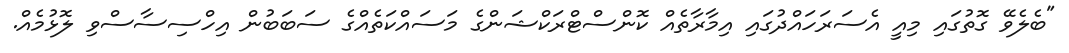
"ބެލެވޭ ގޮތުގައި މިއީ އެސަރަހައްދުގައި އިމާރާތެއް ކޮންސްޓްރަކްޝަންގެ މަސައްކަތެއްގެ ސަބަބުން އިހްސިސާސްވި ލޮޅުމެއް.